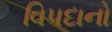
વિપદાનો